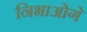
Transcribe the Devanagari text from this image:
निभाओगे